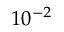
1 0 ^ { - 2 }